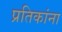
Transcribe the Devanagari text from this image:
प्रतिकांना